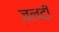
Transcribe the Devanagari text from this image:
जलदीं